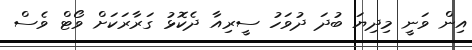
އިން ވަނީ މިދިޔަ ބުދަ ދުވަހު ސީރިއާ ދެކޮޅު ގަރާރަކަށް ވޯޓް ވެސް